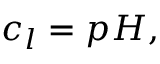
c _ { l } = p H ,